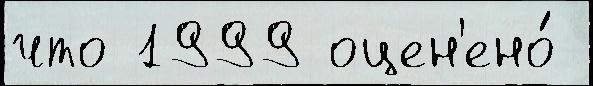
что 1999 оцен'ено́